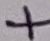
Text: +